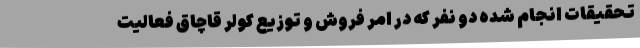
تحقیقات انجام شده دو نفر که در امر فروش و توزیع کولر قاچاق فعالیت